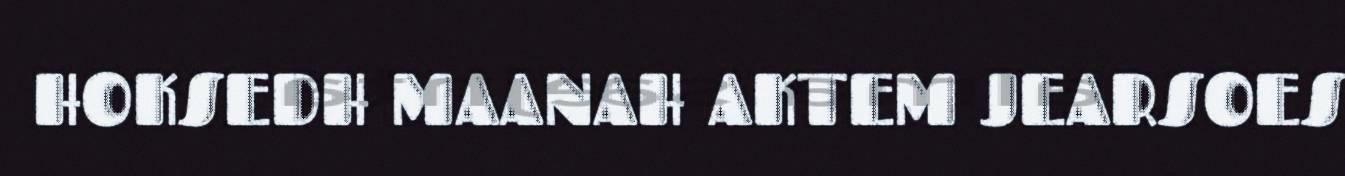
HOKSEDH MAANAH AKTEM JEARSOES